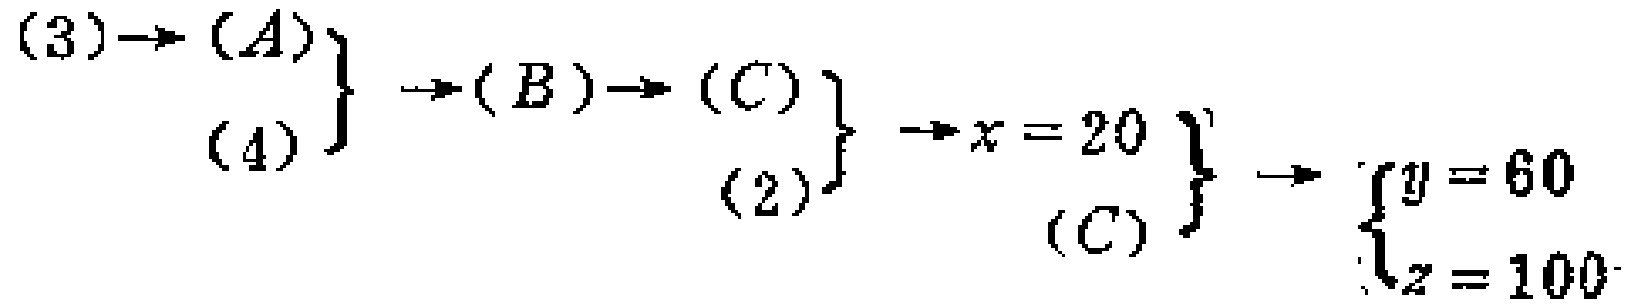
\((3)\to(A)\}

\atop

(4)\}

\to(B)\to(C)\}

\atop

(2)\}

\to x = 20\}

\atop

(C)\}

\to \begin{cases}y = 60\\z = 100\end{cases}\)